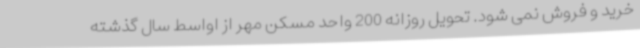
خرید و فروش نمی شود. تحویل روزانه 200 واحد مسکن مهر از اواسط سال گذشته